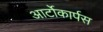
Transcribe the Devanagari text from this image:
आर्टोकार्पस